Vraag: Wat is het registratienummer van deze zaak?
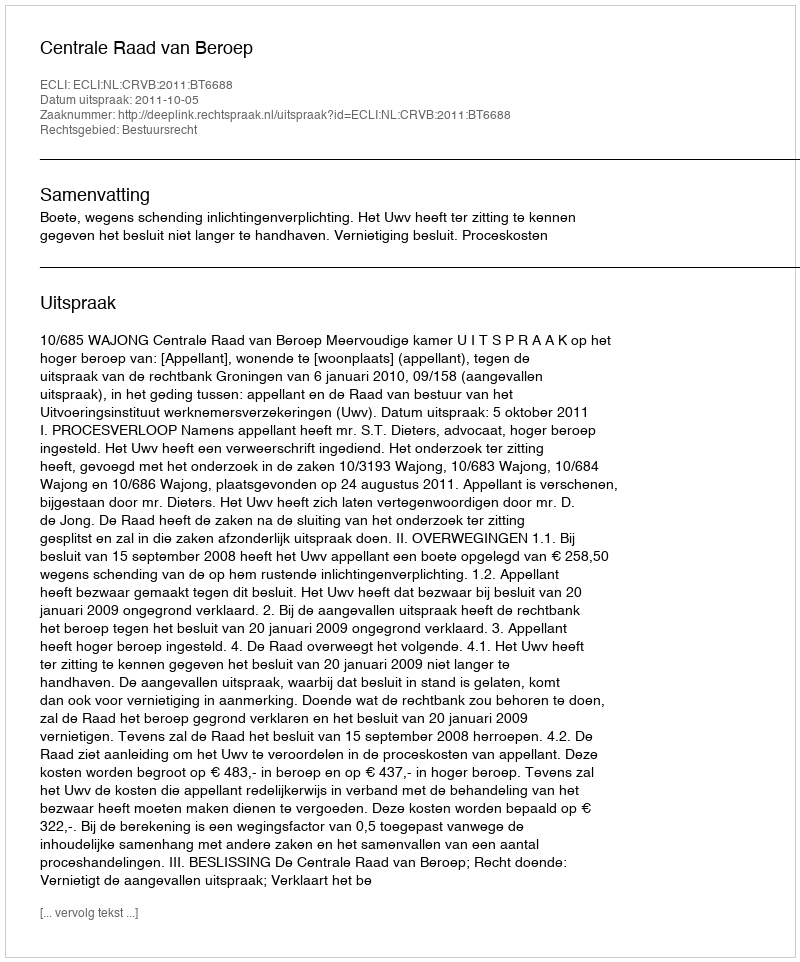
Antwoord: http://deeplink.rechtspraak.nl/uitspraak?id=ECLI:NL:CRVB:2011:BT6688